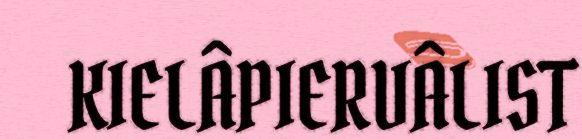
KIELÂPIERVÂLIST